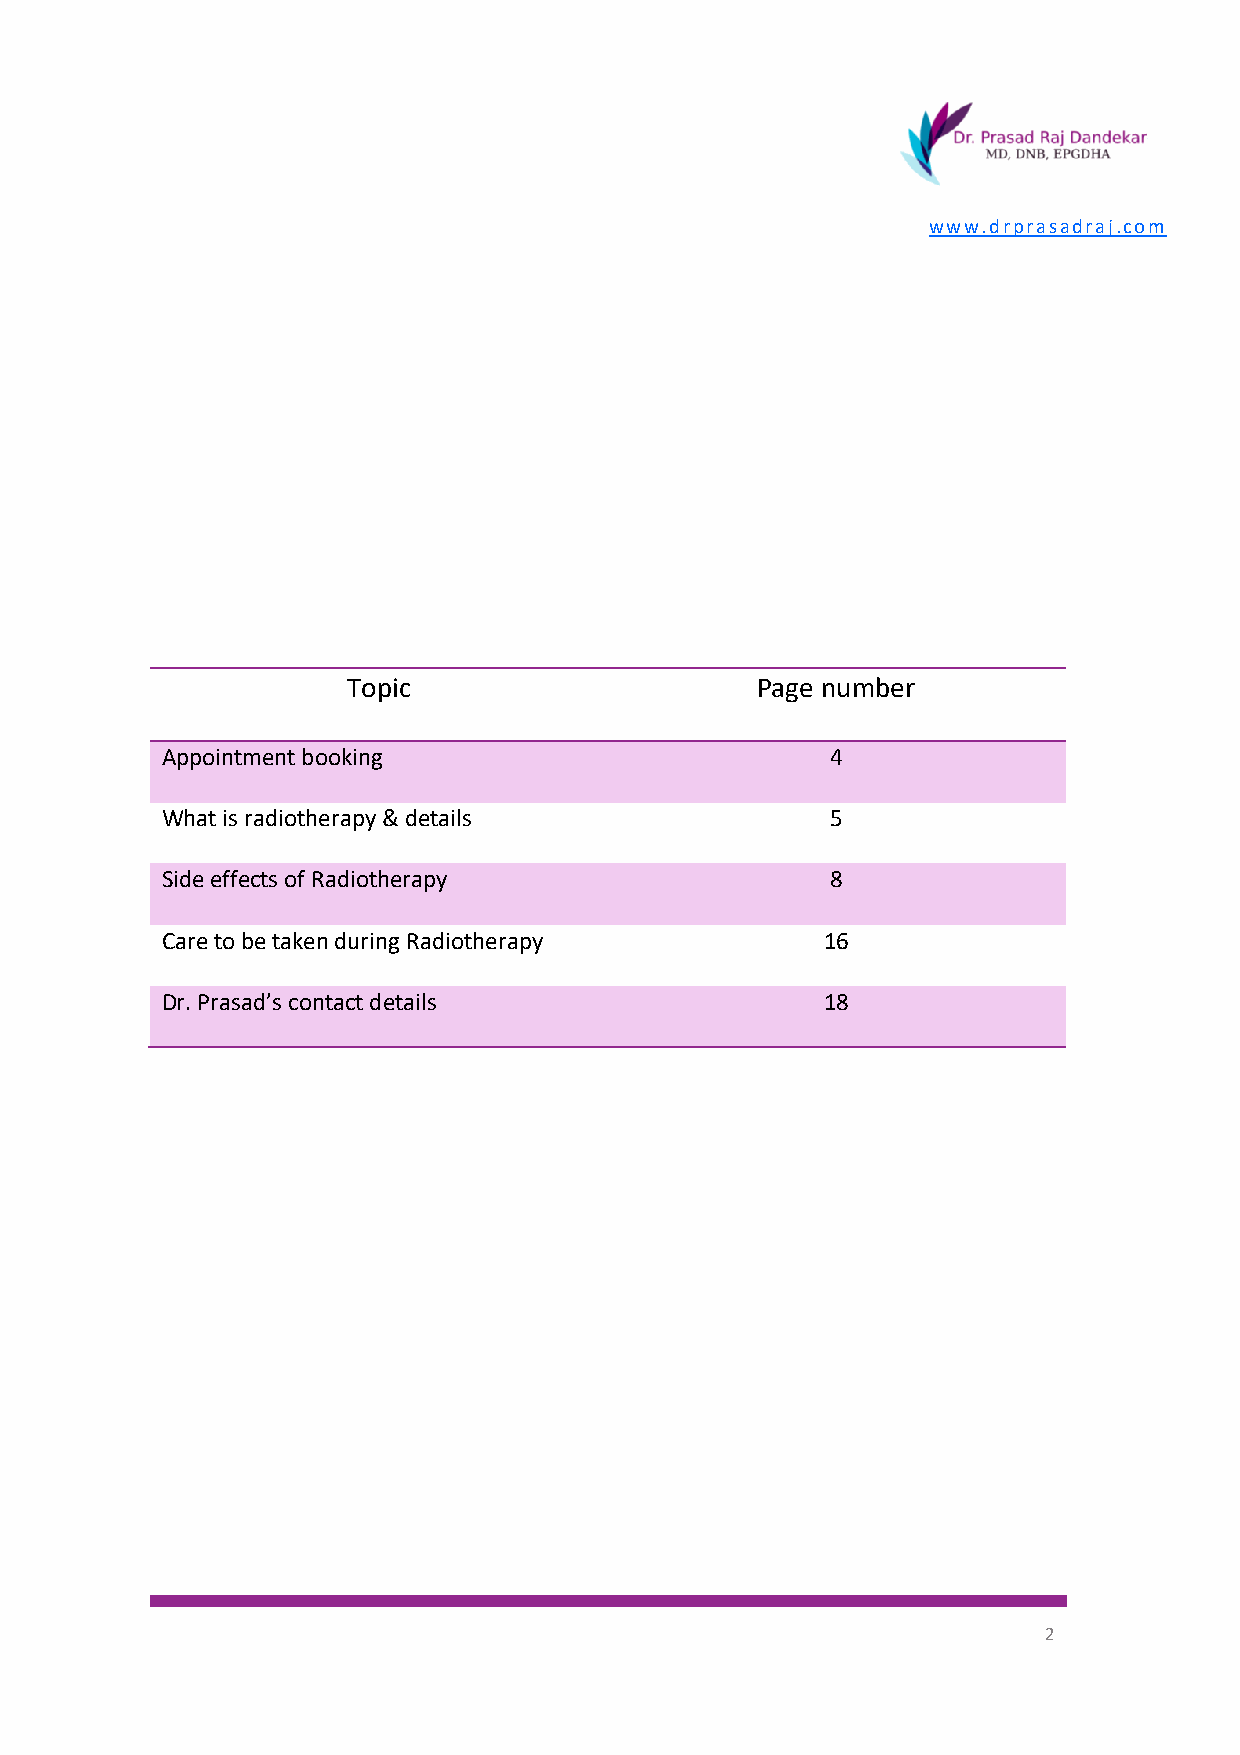
www.drprasadraj.com
 Topic                      Page number
 Appointment booking                         4
 What is radiotherapy & details              5
 Side effects of Radiotherapy                8
 Care to be taken during Radiotherapy        16
 Dr. Prasad’s contact details                18
 2